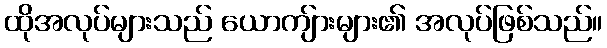
ထိုအလုပ်များသည် ယောကျ်ားများ၏ အလုပ်ဖြစ်သည်။